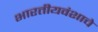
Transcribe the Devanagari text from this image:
भारतीयवंशाचे